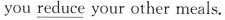
you \underline{reduce} your other meals.